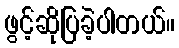
ဖွင့်ဆိုပြခဲ့ပါတယ်။